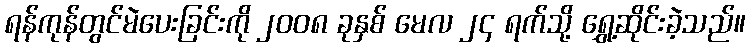
ရန်ကုန်တွင်မဲပေးခြင်းကို ၂၀၀၈ ခုနှစ် မေလ ၂၄ ရက်သို့ ရွှေ့ဆိုင်းခဲ့သည်။